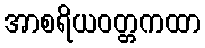
အာစရိယဝတ္တကထာ